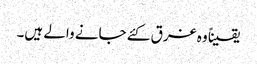
یقیناً وہ غرق کئے جانے والے ہیں۔